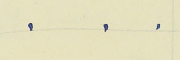
.    .    .